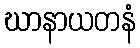
ဃာနာယတနံ